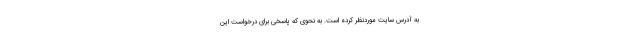
به آدرس سایت موردنظر کرده است. به نحوی که پاسخی برای درخواست این